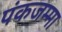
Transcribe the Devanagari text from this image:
पंकजम्मा